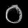
Digit: ၀